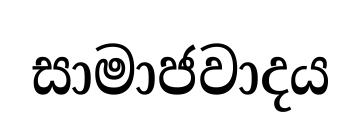
සාමාජවාදය